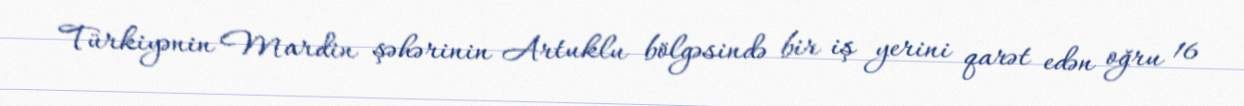
Türkiyənin Mardin şəhərinin Artuklu bölgəsində bir iş yerini qarət edən oğru 16